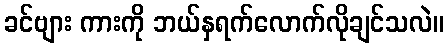
ခင်ဗျား ကားကို ဘယ်နှရက်လောက်လိုချင်သလဲ။